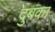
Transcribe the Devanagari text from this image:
दुबका